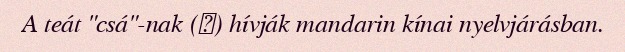
A teát "csá"-nak (茶) hívják mandarin kínai nyelvjárásban.